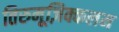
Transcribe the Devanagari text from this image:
तिरुमूज़िक्कलम